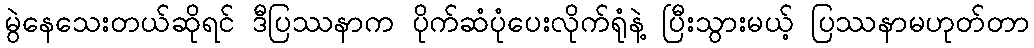
မွဲနေသေးတယ်ဆိုရင် ဒီပြဿနာက ပိုက်ဆံပုံပေးလိုက်ရုံနဲ့ ပြီးသွားမယ့် ပြဿနာမဟုတ်တာ